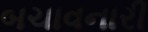
બચાવનારી